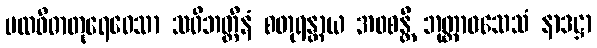
ပထဝီဓာတုရေဝေသာ သဝိဘတ္တီနံ စတုရန္တာယ အဝစန္တိ ဘုတ္တာဝသေသံ နာဒဋ္ဌာ